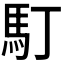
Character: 𩡯